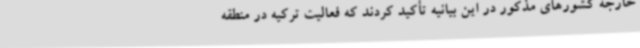
خارجه کشورهای مذکور در این بیانیه تأکید کردند که فعالیت ترکیه در منطقه